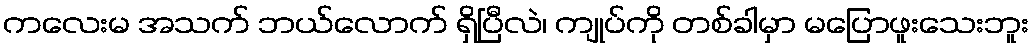
ကလေးမ အသက် ဘယ်လောက် ရှိပြီလဲ၊ ကျုပ်ကို တစ်ခါမှာ မပြောဖူးသေးဘူး